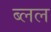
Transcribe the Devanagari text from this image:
ब्लल